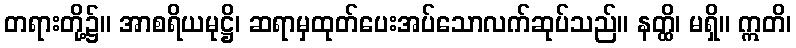
တရားတို့၌။ အာစရိယမုဋ္ဌိ၊ ဆရာမှထုတ်ပေးအပ်သောလက်ဆုပ်သည်။ နတ္ထိ၊ မရှိ။ ဣတိ၊